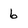
Character: 6